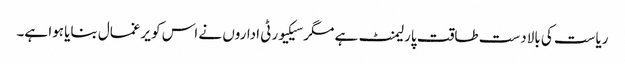
ریاست کی بالادست طاقت پارلیمنٹ ہے مگر سیکیورٹی اداروں نے اس کو یرغمال بنایا ہوا ہے۔